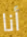
أنا